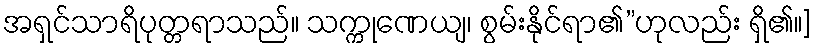
အရှင်သာရိပုတ္တရာသည်။ သက္ကုဏေယျ၊ စွမ်းနိုင်ရာ၏”ဟုလည်း ရှိ၏။]